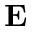
\mathbf { E }